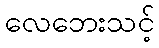
လေဘေးသင့်